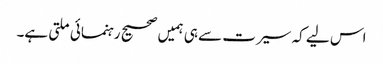
اس لیے کہ سیرت سے ہی ہمیں صحیح رہنمائی ملتی ہے۔